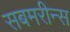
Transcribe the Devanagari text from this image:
सबमरीन्स